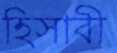
হিসাবী